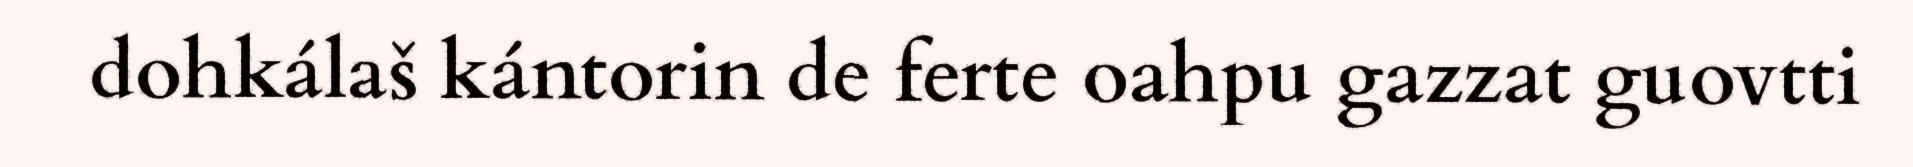
dohkálaš kántorin de ferte oahpu gazzat guovtti